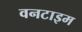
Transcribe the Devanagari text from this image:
वनटाइम